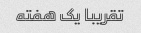
تقریبا یک هفته